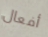
أفعال